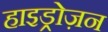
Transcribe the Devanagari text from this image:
हाइड्रोज़न